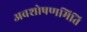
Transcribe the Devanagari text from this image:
अवशोषणमिति